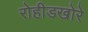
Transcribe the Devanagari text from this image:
रोहीडखोरे